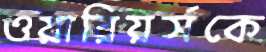
ওয়ারিয়র্সকে